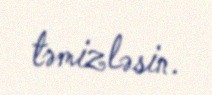
təmizləsin.